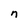
Character: n